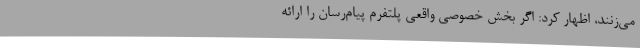
می‌زنند، اظهار کرد: اگر بخش خصوصی واقعی پلتفرم پیام‌رسان را ارائه